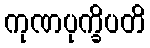
ကုဏပုက္ခိပတိ